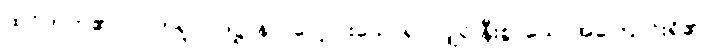
ထင်တတ်၏။ လဟုရူပပဒဋ္ဌာနာ၊ ပေါ့ ပါးသောရုပ်လျှင် နီးစွာသောအကြောင်းရှိ၏။